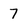
Character: 7